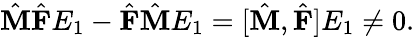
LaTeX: \begin{array}{r}{\hat{\textbf{M}}\hat{\textbf{F}}E_{1}-\hat{\textbf{F}}\hat{\textbf{M}}E_{1}=[\hat{\textbf{M}},\hat{\textbf{F}}]E_{1}\neq 0.}\end{array}